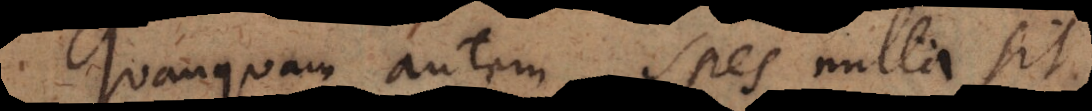
Quanquam autem spes nulla sit